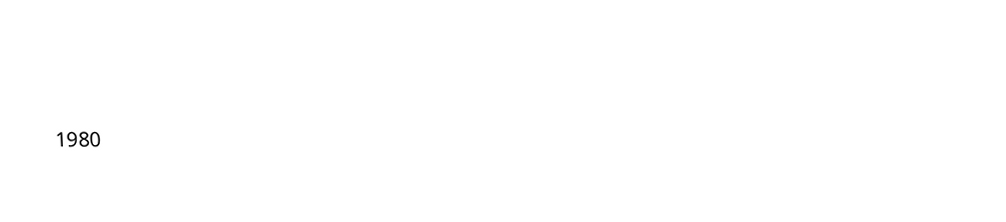

1980